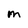
Character: M